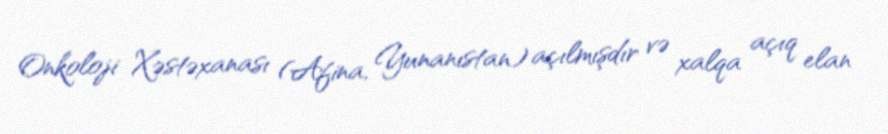
Onkoloji Xəstəxanası (Afina, Yunanıstan) açılmışdır və xalqa açıq elan